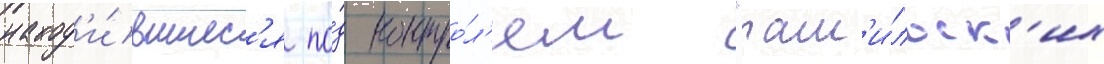
наход'и́вшиес'я по́д контро́л'ем "там'и́льск'их